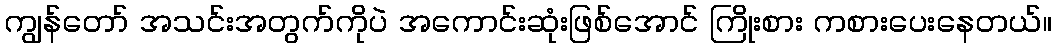
ကျွန်တော် အသင်းအတွက်ကိုပဲ အကောင်းဆုံးဖြစ်အောင် ကြိုးစား ကစားပေးနေတယ်။